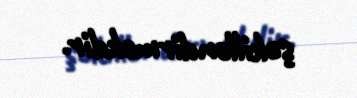
şəkilləndirməkdir.